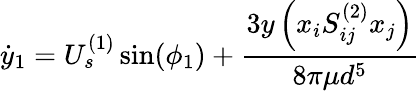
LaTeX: \dot{y}_{1}=U_{s}^{(1)}\sin(\phi_{1})+\frac{3y\left(x_{i}S_{ij}^{(2)}x_{j}\right)}{8\pi\mu d^{5}}